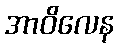
အာဝိလေန